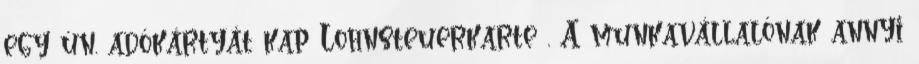
egy ún. adókártyát kap Lohnsteuerkarte . A munkavállalónak annyi